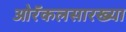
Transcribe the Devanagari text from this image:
ओरॅकलसारख्या